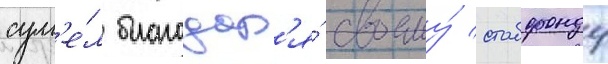
сум'е́л благодар'я́ своему́ стабфонду